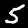
Label: 5